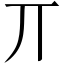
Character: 丌